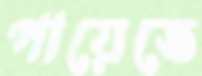
পায়েতে